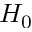
H _ { 0 }